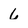
Character: 6